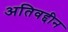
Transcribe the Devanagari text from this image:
अतिवद्दीन